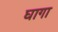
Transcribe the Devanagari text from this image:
घागा